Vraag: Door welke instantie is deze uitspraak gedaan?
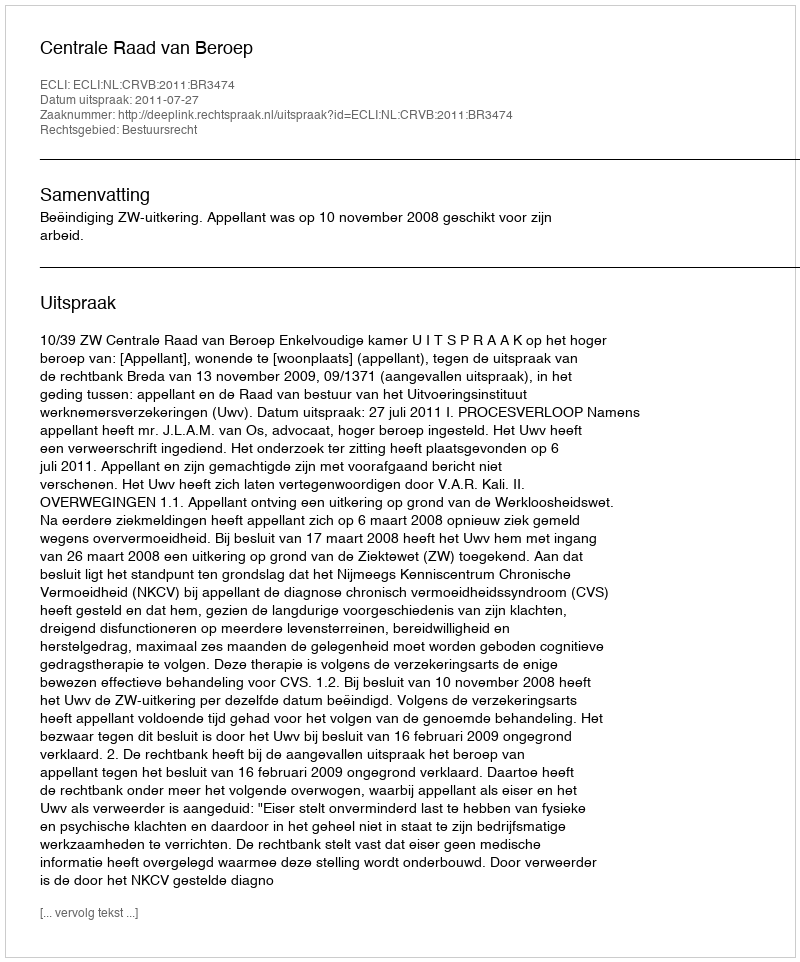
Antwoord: Centrale Raad van Beroep